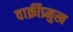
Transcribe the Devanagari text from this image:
वार्क्रीप्र्मुख